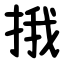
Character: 㧴